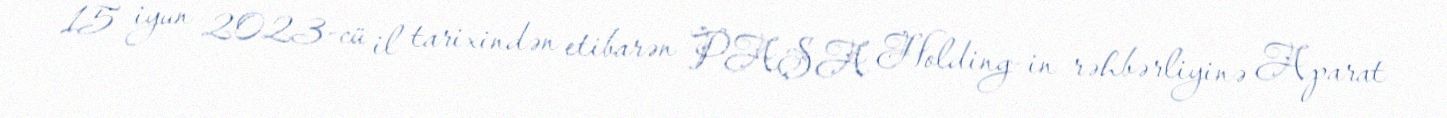
15 iyun 2023-cü il tarixindən etibarən PAŞA Holding-in rəhbərliyinə Aparat